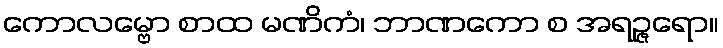
ကောလမ္ဗော စာထ မဏိကံ၊ ဘာဏကော စ အရဉ္ဇရော။